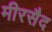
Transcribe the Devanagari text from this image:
मीरसैद